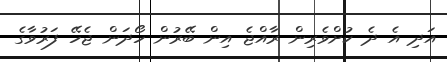
އަދި އެ ދެ ކުށްވެރިން ރާއްޖެ އިން ބޭރުން ހޯދަން ޖެހޭ ފަރުވާގެ